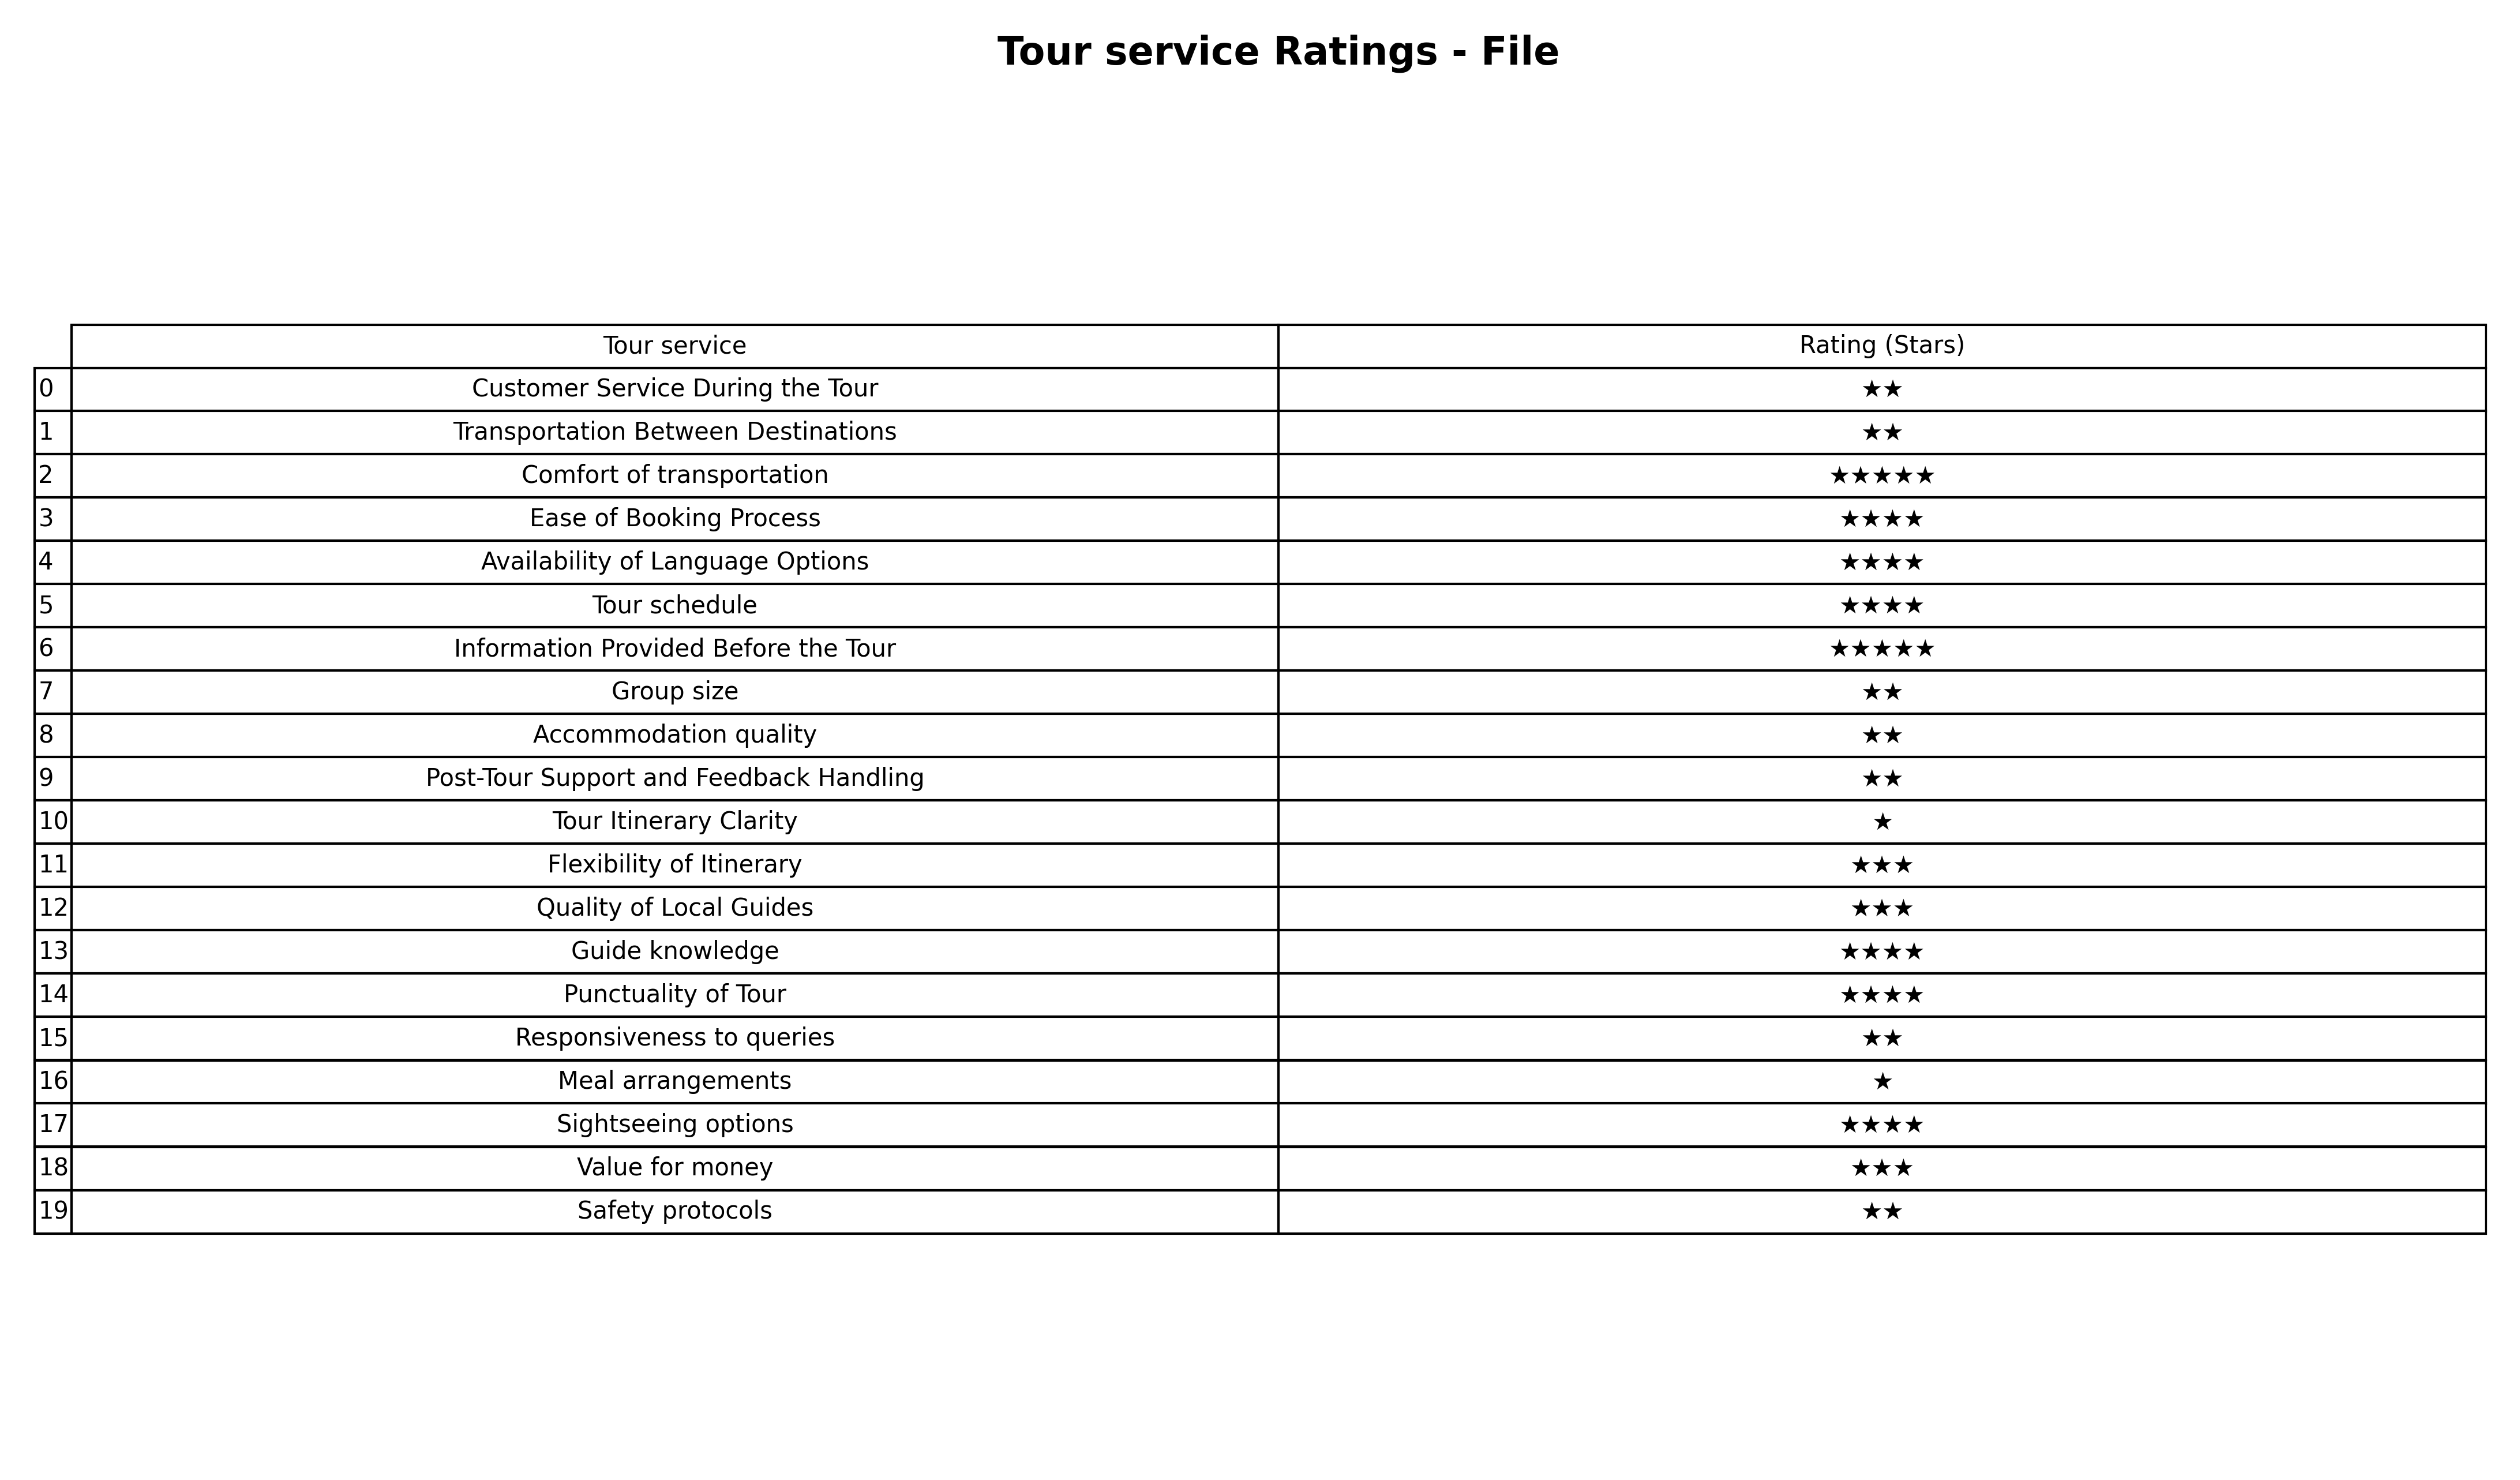
question: What are three star services?
answer: Flexibility of ItineraryQuality of Local GuidesValue for money